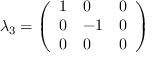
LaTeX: \lambda _ { 3 } = { \left( \begin{array} { l l l } { 1 } & { 0 } & { 0 } \\ { 0 } & { - 1 } & { 0 } \\ { 0 } & { 0 } & { 0 } \end{array} \right) }